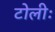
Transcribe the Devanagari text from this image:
टोलीः